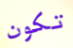
تكون